Indian Civil Veterinary Department memoirs
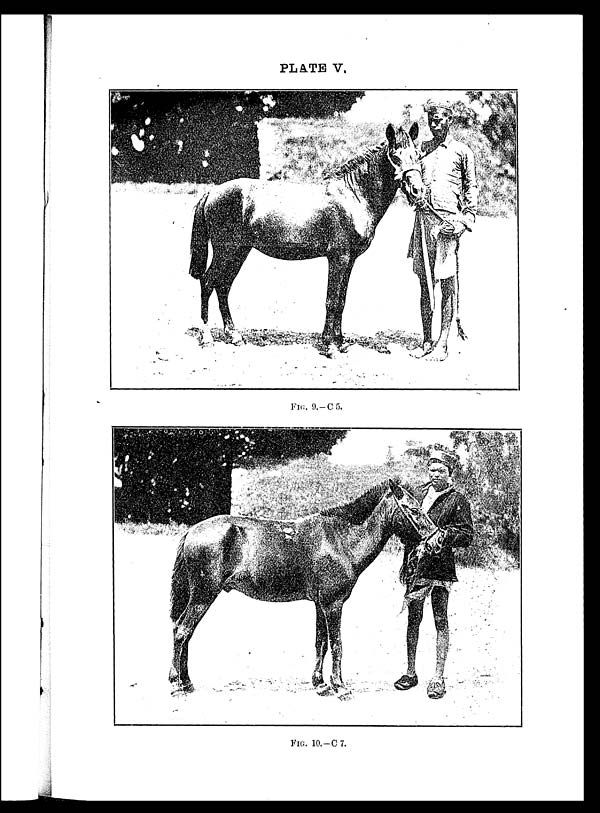
PLATE V.
FIG. 9.—C 5.
FIG. 10.—C 7.